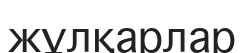
жұлқарлар